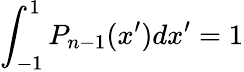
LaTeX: \int_{-1}^{1}P_{n-1}(x^{\prime})dx^{\prime}=1